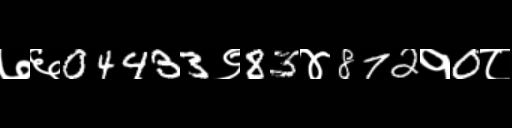
Text: ७६04433९83४872१0८